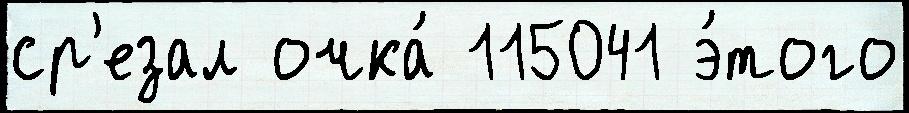
ср'езал очка́ 115041 э́того